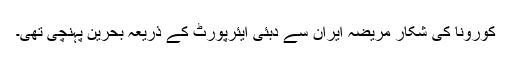
کورونا کی شکار مریضہ ایران سے دبئی ایئرپورٹ کے ذریعہ بحرین پہنچی تھی۔